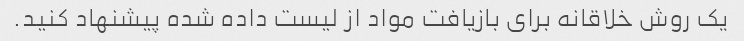
یک روش خلاقانه برای بازیافت مواد از لیست داده شده پیشنهاد کنید.